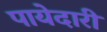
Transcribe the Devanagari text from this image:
पायेदारी